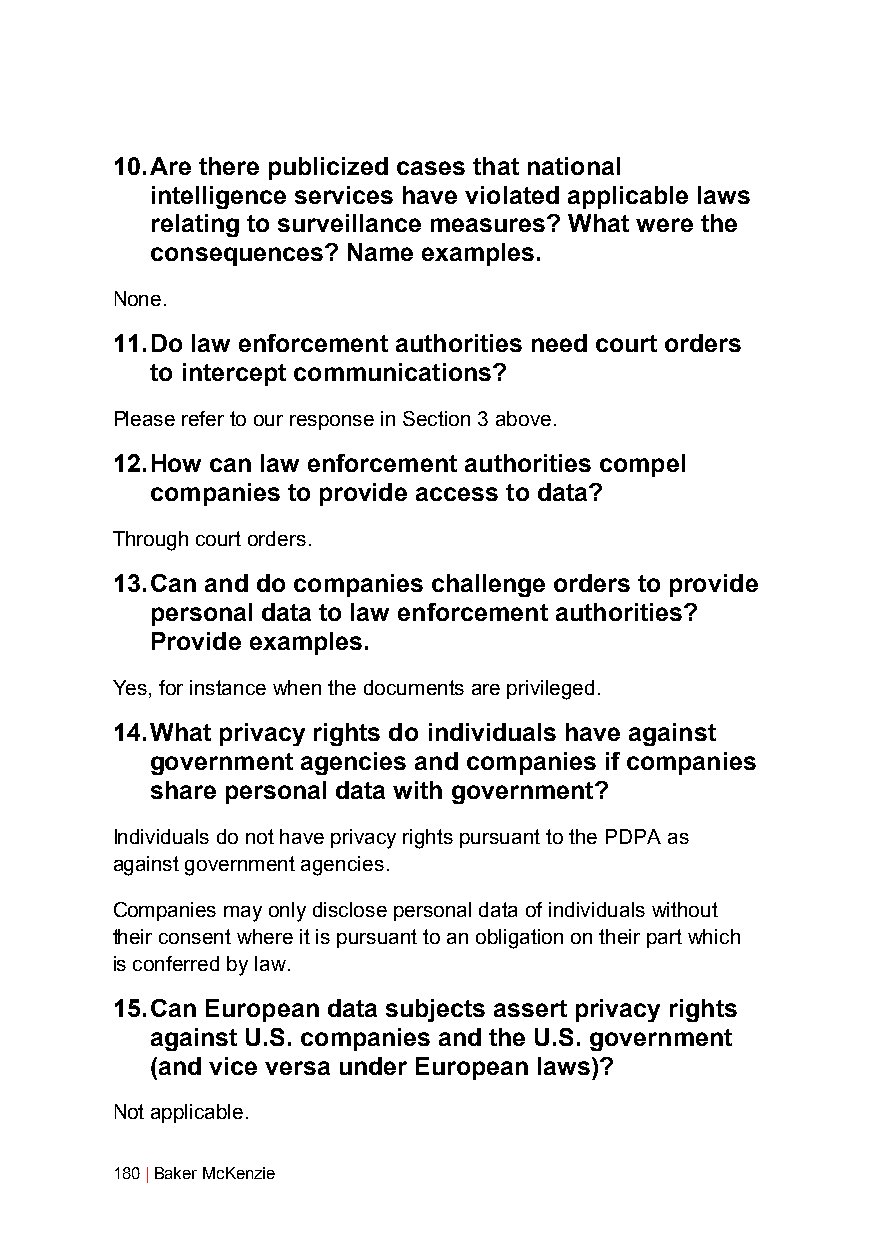
10. Are there publicized cases that national
 intelligence services have violated applicable laws
 relating to surveillance measures? What were the
 consequences? Name examples.
 None.
 11. Do law enforcement authorities need court orders
 to intercept communications?
 Please refer to our response in Section 3 above.
 12. How can law enforcement authorities compel
 companies to provide access to data?
 Through court orders.
 13. Can and do companies challenge orders to provide
 personal data to law enforcement authorities?
 Provide examples.
 Yes, for instance when the documents are privileged.
 14. What privacy rights do individuals have against
 government agencies and companies if companies
 share personal data with government?
 Individuals do not have privacy rights pursuant to the PDPA as
 against government agencies.
 Companies may only disclose personal data of individuals without
 their consent where it is pursuant to an obligation on their part which
 is conferred by law.
 15. Can European data subjects assert privacy rights
 against U.S. companies and the U.S. government
 (and vice versa under European laws)?
 Not applicable.
 180 | Baker McKenzie